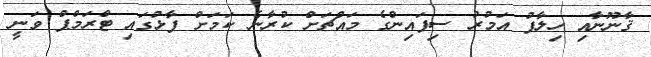
ޤާނޫނާއި ހިލާފު އަމުރު ސިފައިންގެ މައްޗަށް ކުރާނެ ކަމަށް ފާޅުގައި ޓްރަމްޕް ވަނީ